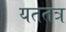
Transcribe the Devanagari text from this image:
यततत्र